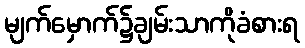
မျက်မှောက်၌ချမ်းသာကိုခံစားရ